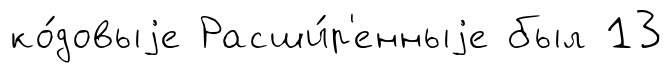
ко́довыjе Расши́р'енныjе был 13